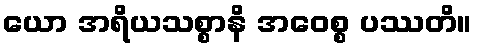
ယော အရိယသစ္စာနိ အဝေစ္စ ပဿတိ။